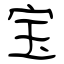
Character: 宝